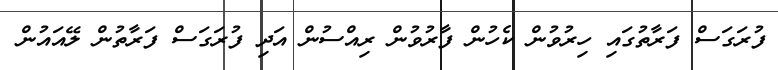
ފުރަގަސް ފަރާތުގައި ހިރުވުން ކެހުން ފާރުވުން ރިއްސުން އަދި ފުރަގަސް ފަރާތުން ލޭއައުން